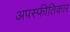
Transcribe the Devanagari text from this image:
अपस्फीतिकार